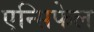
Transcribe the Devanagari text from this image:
एन्सिफेल